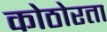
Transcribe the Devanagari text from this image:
कोठोरता